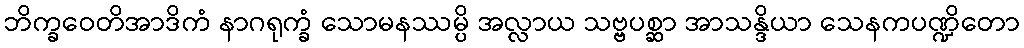
ဘိက္ခဝေတိအာဒိကံ နာဂရုက္ခံ သောမနဿမ္ပိ အလ္လာယ သဗ္ဗပစ္ဆာ အာသန္ဒိယာ သေနကပဏ္ဍိတော